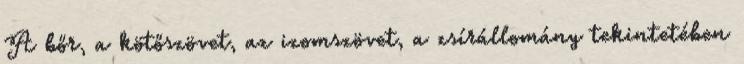
A bőr, a kötőszövet, az izomszövet, a zsírállomány tekintetében